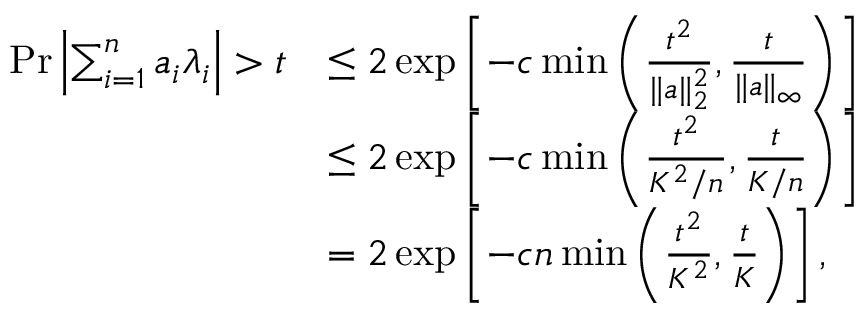
\begin{array} { r l } { \operatorname* { P r } { \left| \sum _ { i = 1 } ^ { n } a _ { i } \lambda _ { i } \right| > t } } & { \leq 2 \exp \left[ - c \operatorname* { m i n } \left( \frac { t ^ { 2 } } { \| a \| _ { 2 } ^ { 2 } } , \frac { t } { \| a \| _ { \infty } } \right) \right] } \\ & { \leq 2 \exp \left[ - c \operatorname* { m i n } \left( \frac { t ^ { 2 } } { K ^ { 2 } / n } , \frac { t } { K / n } \right) \right] } \\ & { = 2 \exp \left[ - c n \operatorname* { m i n } \left( \frac { t ^ { 2 } } { K ^ { 2 } } , \frac { t } { K } \right) \right] , } \end{array}